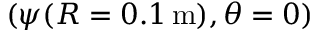
( \psi ( R = 0 . 1 \, \mathrm { m } ) , \theta = 0 )